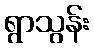
ရွာသွန်း